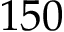
1 5 0